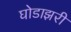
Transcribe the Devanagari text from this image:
घोडाझरी